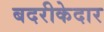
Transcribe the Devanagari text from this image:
बदरीकेदार